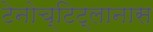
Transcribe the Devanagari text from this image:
टेनोच्टिट्लानास